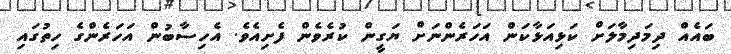
ބައެއް ދިމަދިމާލަށް ކަޅިއަޅާކަން އަހަރެންނަށް ޔަގީން ކުރެވެން ފެށިއެވެ. އެހިސާބުން އަހަރެންގެ ހިތުގައި